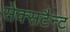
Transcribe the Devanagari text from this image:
सेक्सटैन्ट